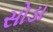
સોડા